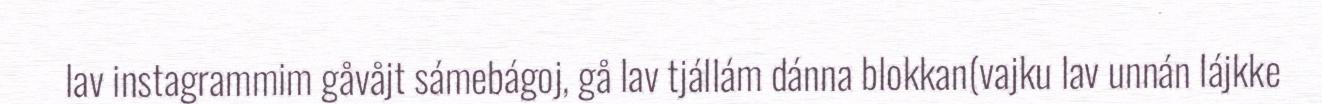
lav instagrammim gåvåjt sámebágoj, gå lav tjállám dánna blokkan(vajku lav unnán lájkke